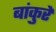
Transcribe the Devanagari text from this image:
बांकुरे